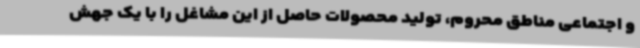
و اجتماعی مناطق محروم، تولید محصولات حاصل از این مشاغل را با یک جهش